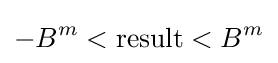
-B^{m}<{\text{result}}<B^{m}